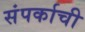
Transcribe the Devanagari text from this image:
संपर्काची